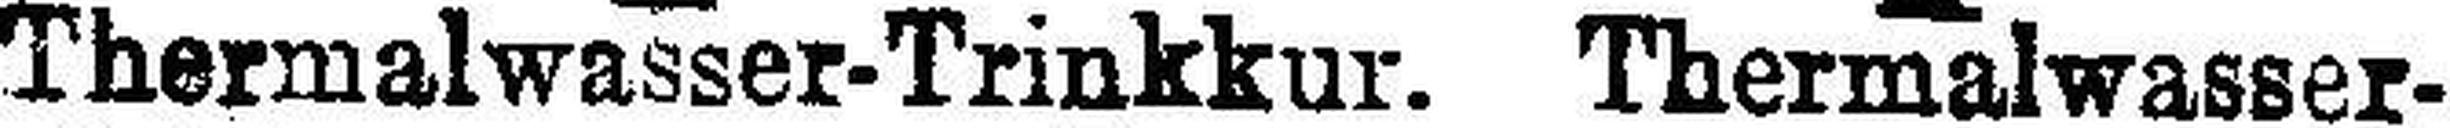
Thermalwasser-Trinkkur. Thermalwasser¬